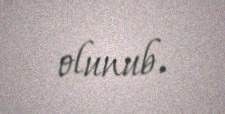
olunub.